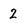
Character: 2